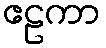
ဧဠကာ